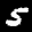
Label: 5